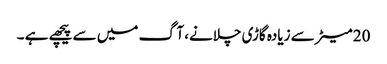
20 میٹر سے زیادہ گاڑی چلانے، آگ میں سے پیچھے ہے ۔